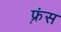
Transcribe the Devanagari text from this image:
फ़्रंस